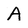
Character: A